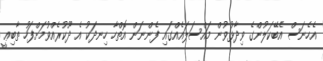
އެހެނަސް އެބޭކަލުންގެ ވިދާޅުވުން މައްސަލައެއްގައި ފެންނަން އޮތްހާ ހިނދަކު އެ ދޫކުރެއްވުމަށްފަހު ތާބިޢީ